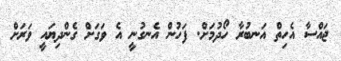
ޖައްސާ އެހިތް އަނބުރާ ހޯދުމަށް. ފަހުން އެނގުނީ އެ ވަގަށް ގެންދިޔައީ ވަރަށް